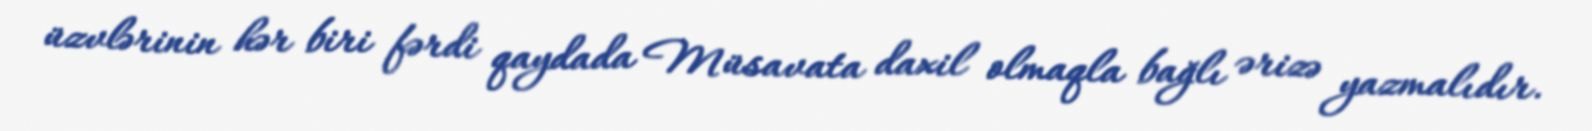
üzvlərinin hər biri fərdi qaydada Müsavata daxil olmaqla bağlı ərizə yazmalıdır.